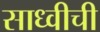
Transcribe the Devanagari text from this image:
साध्वीची